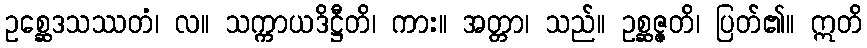
ဥစ္ဆေဒသဿတံ၊ လ။ သက္ကာယဒိဋ္ဌီတိ၊ ကား။ အတ္တာ၊ သည်။ ဥစ္ဆဇ္ဇတိ၊ ပြတ်၏။ ဣတိ